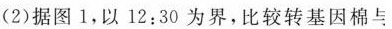
(2)据图1，以 12:30 为界，比较转基因棉与